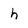
Character: h